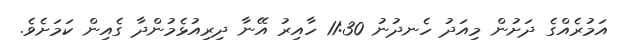
އަމުރެއްގެ ދަށުން މިއަދު ހެނދުނު 11:30 ހާއިރު އޭނާ ދިރިއުޅެމުންދާ ގެއިން ކަމަށެވެ.